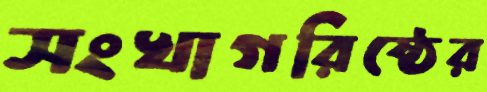
সংখাগরিষ্ঠের